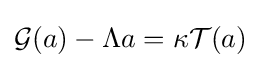
{\mathcal {G}}(a)-\Lambda a=\kappa {\mathcal {T}}(a)